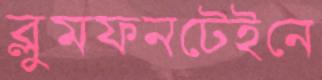
ব্লুমফনটেইনে